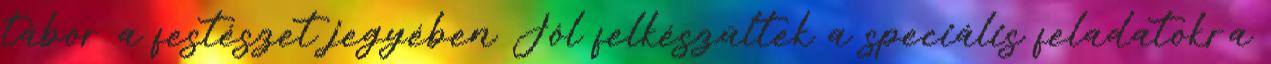
tábor a festészet jegyében Jól felkészültek a speciális feladatokra